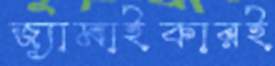
জ্যামাইকারই